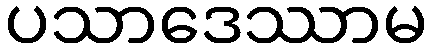
ပသာဒေဿာမ